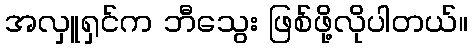
အလှူရှင်က ဘီသွေး ဖြစ်ဖို့လိုပါတယ်။